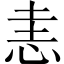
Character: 恚